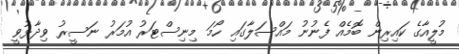
މުލީއާގެ ކައިރިން ބޮމެއް ފެނުނު މައްސަލާގައި ހޯމަ މިނިސްޓަރު އުމަރު ނަސީރު ވިދާޅުވީ